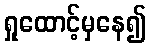
ရှုထောင့်မှနေ၍